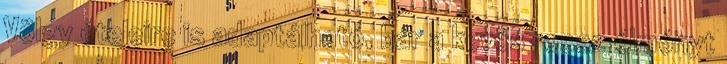
Völgy ételeire is adaptálható, bár a kevés rossz élményt